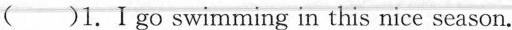
( )1.Igo swimming in this nice season.